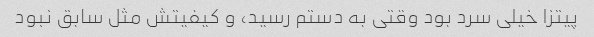
پیتزا خیلی سرد بود وقتی به دستم رسید، و کیفیتش مثل سابق نبود